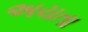
અયતા